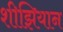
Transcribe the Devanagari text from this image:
शीझियान